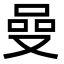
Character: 𠵬